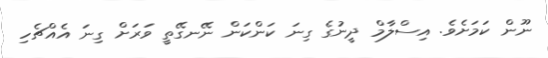
ނޫން ކަމަށެވެ. އިސްލާމް ދީނުގެ ގިނަ ކަންކަން ނޭނގޭތީ ވަރަށް ގިނަ އެއްޗެހި